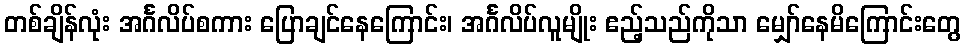
တစ်ချိန်လုံး အင်္ဂလိပ်စကား ပြောချင်နေကြောင်း၊ အင်္ဂလိပ်လူမျိုး ဧည့်သည်ကိုသာ မျှော်နေမိကြောင်းတွေ